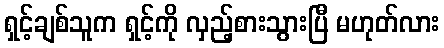
ရှင့်ချစ်သူက ရှင့်ကို လှည့်စားသွားပြီ မဟုတ်လား